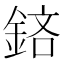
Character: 𨦽